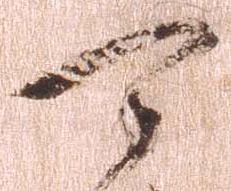
可